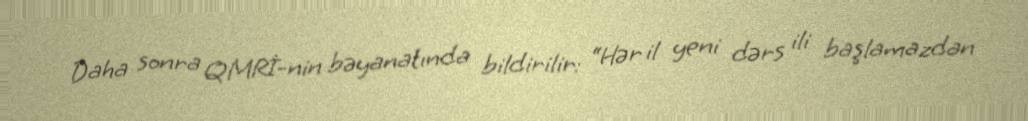
Daha sonra QMRİ-nin bəyanatında bildirilir: “Hər il yeni dərs ili başlamazdan